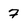
Character: 7